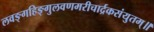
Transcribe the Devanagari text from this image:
लवङ्गहिङ्गुलवणमरीचार्द्रकसंयुतम्॥